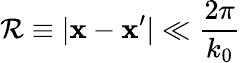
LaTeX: \mathcal{R}\equiv|\mathbf{{x}}-\mathbf{{x}}^{\prime}|\ll\frac{{2\pi}}{{k_{0}}}